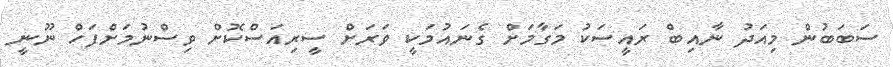
ސަބަބުން މިއަދު ނާއިބް ރައީސަކު މަގާމަށް ގެނައުމަކީ ވަރަށް ސީރިއަސްކޮށް ވިސްނުމަށްފަހް ނޫނީ